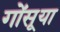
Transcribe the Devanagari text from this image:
गोंसूया